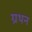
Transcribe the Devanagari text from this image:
ग्रथन